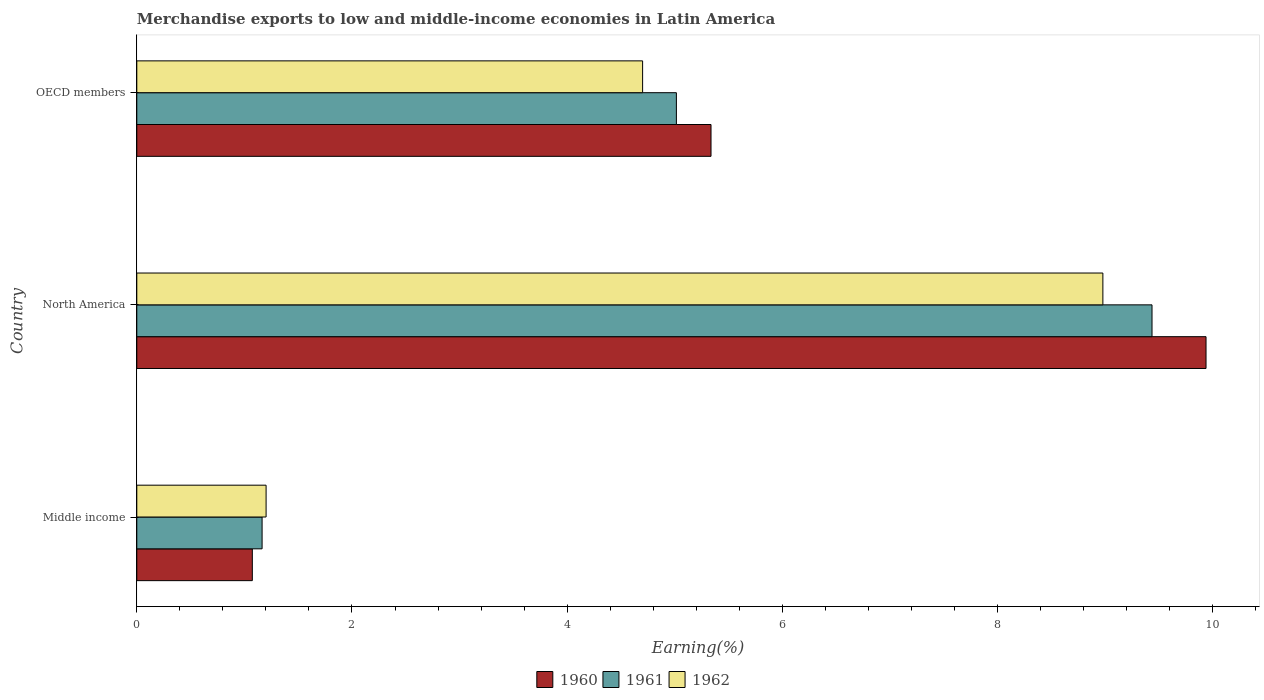
| Country | 1960 | 1961 | 1962 |
 | --- | --- | --- | --- |
 | Middle income | 1.07 | 1.16 | 1.2 |
 | North America | 9.94 | 9.44 | 8.98 |
 | OECD members | 5.34 | 5.02 | 4.7 |